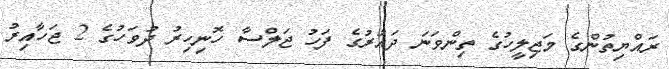
ރައްޔިތުންގެ މަޖިލީހުގެ ތިންވަނަ ދައުރުގެ ފަހު ޖަލްސާ ހޮނިހިރު ދުވަހުގެ 2 ޖަހާއިރު